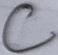
Text: C